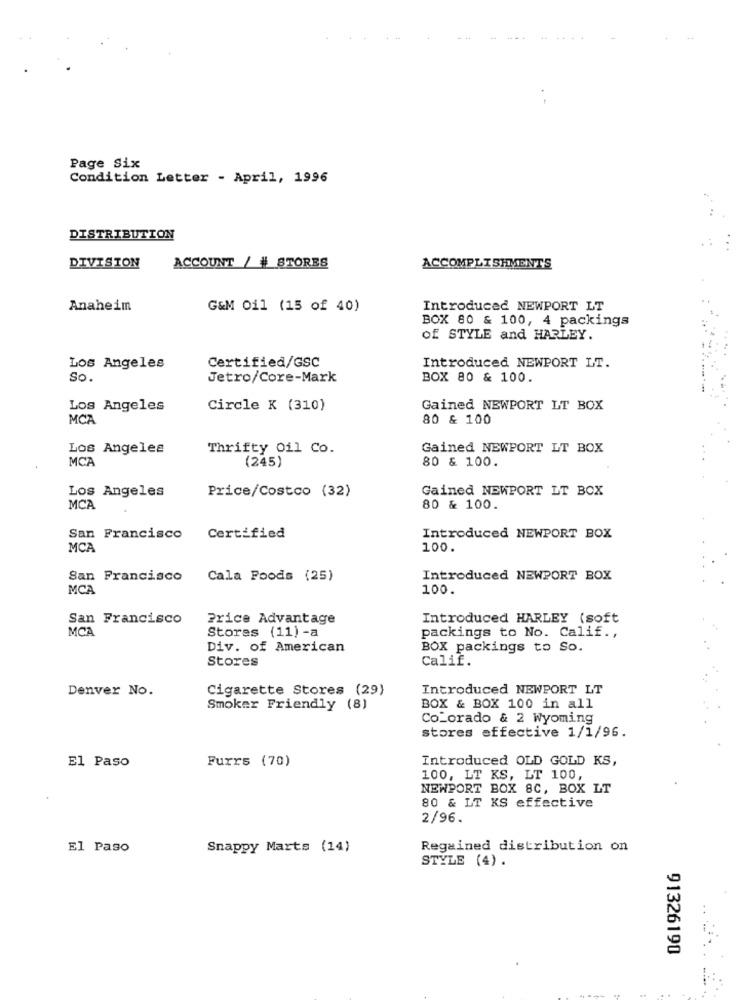
Page Six
Condition Letter - April, 1996
DISTRIBUTION
ACCOUNT / # STORES
DIVISION
ACCOMPLISHMENTS
Anaheim
G&M Oil (15 of 40)
Introduced NEWPORT LT
BOX 80 & 100, 4 packings
of STYLE and HARLEY.
Certified/GSC
Los Angeles
Introduced NEWPORT LT.
So.
Jetro/Core-Mark
BOX 80 & 100.
Los Angeles
Circle K (310)
Gained NEWPORT LT BOX
MCA
80 & 100
Los Angeles
Thrifty oil Co.
Gained NEWPORT LT BOX
MCA
(245)
80 & 100.
Los Angeles
Price/Costco (32)
Gained NEWPORT LT BOX
MCA
80 & 100.
San Francisco
Certified
Introduced NEWPORT BOX
MCA
100.
San Francisco
Cala Foods (25)
Introduced NEWPORT BOX
MCA
100.
San Francisco
Price Advantage
Introduced HARLEY (soft
MCA
Stores (11) -a
packings to No. Calif .,
Div. of American
BOX packings to So.
Stores
Calif.
Denver No.
Cigarette Stores (29)
Introduced NEWPORT LT
Smoker Friendly (8)
BOX & BOX 100 in all
Colorado & 2 Wyoming
stores effective 1/1/96.
Furrs (70)
Introduced OLD GOLD KS,
El Paso
100, LT KS, LT 100,
NEWPORT BOX 8C, BOX LT
80 & LT KS effective
2/96.
El Paso
Snappy Marts (14)
Regained distribution on
STYLE (4).
..
91326190